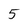
Character: 5